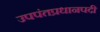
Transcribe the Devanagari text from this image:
उपपंतप्रधानपदी